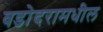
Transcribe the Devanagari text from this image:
वडोदरामधील